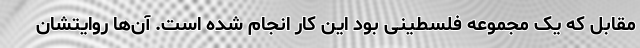
مقابل که یک مجموعه فلسطینی بود این کار انجام شده است. آن‌ها روایتشان